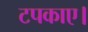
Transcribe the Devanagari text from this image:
टपकाए।